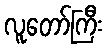
လူတော်ကြီး